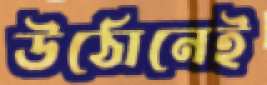
উঠোনেই